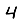
Digit: 4